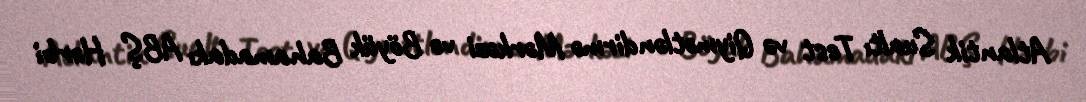
Atlantik Sualtı Test və Qiymətləndirmə Mərkəzi və Böyük Bahamadakı ABŞ Hərbi